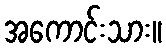
အကောင်းသား။